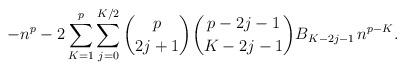
LaTeX: \begin{align*}-n^p - 2 \sum_{K=1}^{p} \sum_{j=0}^{K/2} \binom{p}{2j+1} \binom{{p-2j-1}}{K-2j-1} B_{K-2j-1} \, n^{p-K}.\end{align*}